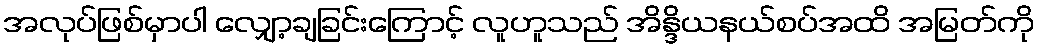
အလုပ်ဖြစ်မှာပါ လျှော့ချခြင်းကြောင့် လူဟူသည် အိန္ဒိယနယ်စပ်အထိ အမြတ်ကို